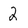
Character: 2